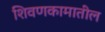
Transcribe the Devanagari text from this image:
शिवणकामातील